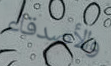
والأصدقاء